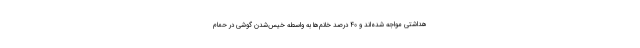
هداشتی مواجه شده‌اند و ۴۰ درصد خانم‌ها به واسطه خیس‌شدن گوشی در حمام